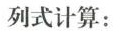
列式计算：